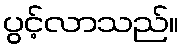
ပွင့်လာသည်။